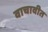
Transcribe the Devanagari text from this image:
वाचावीत